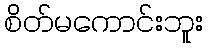
စိတ်မကောင်းဘူး